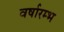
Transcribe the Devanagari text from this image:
वर्षारम्भ